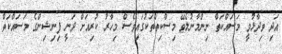
އަދި ވިދާޅުވީ މަސައްކަތް ނިންމާނުލެވޭ މިސްކިތްތަކުގައިވެސް މިހާރު ކުރިއަށް ދަނީ ފިނިޝިންގެ މަސައްކަތް